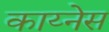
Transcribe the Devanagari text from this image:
काय्नेस